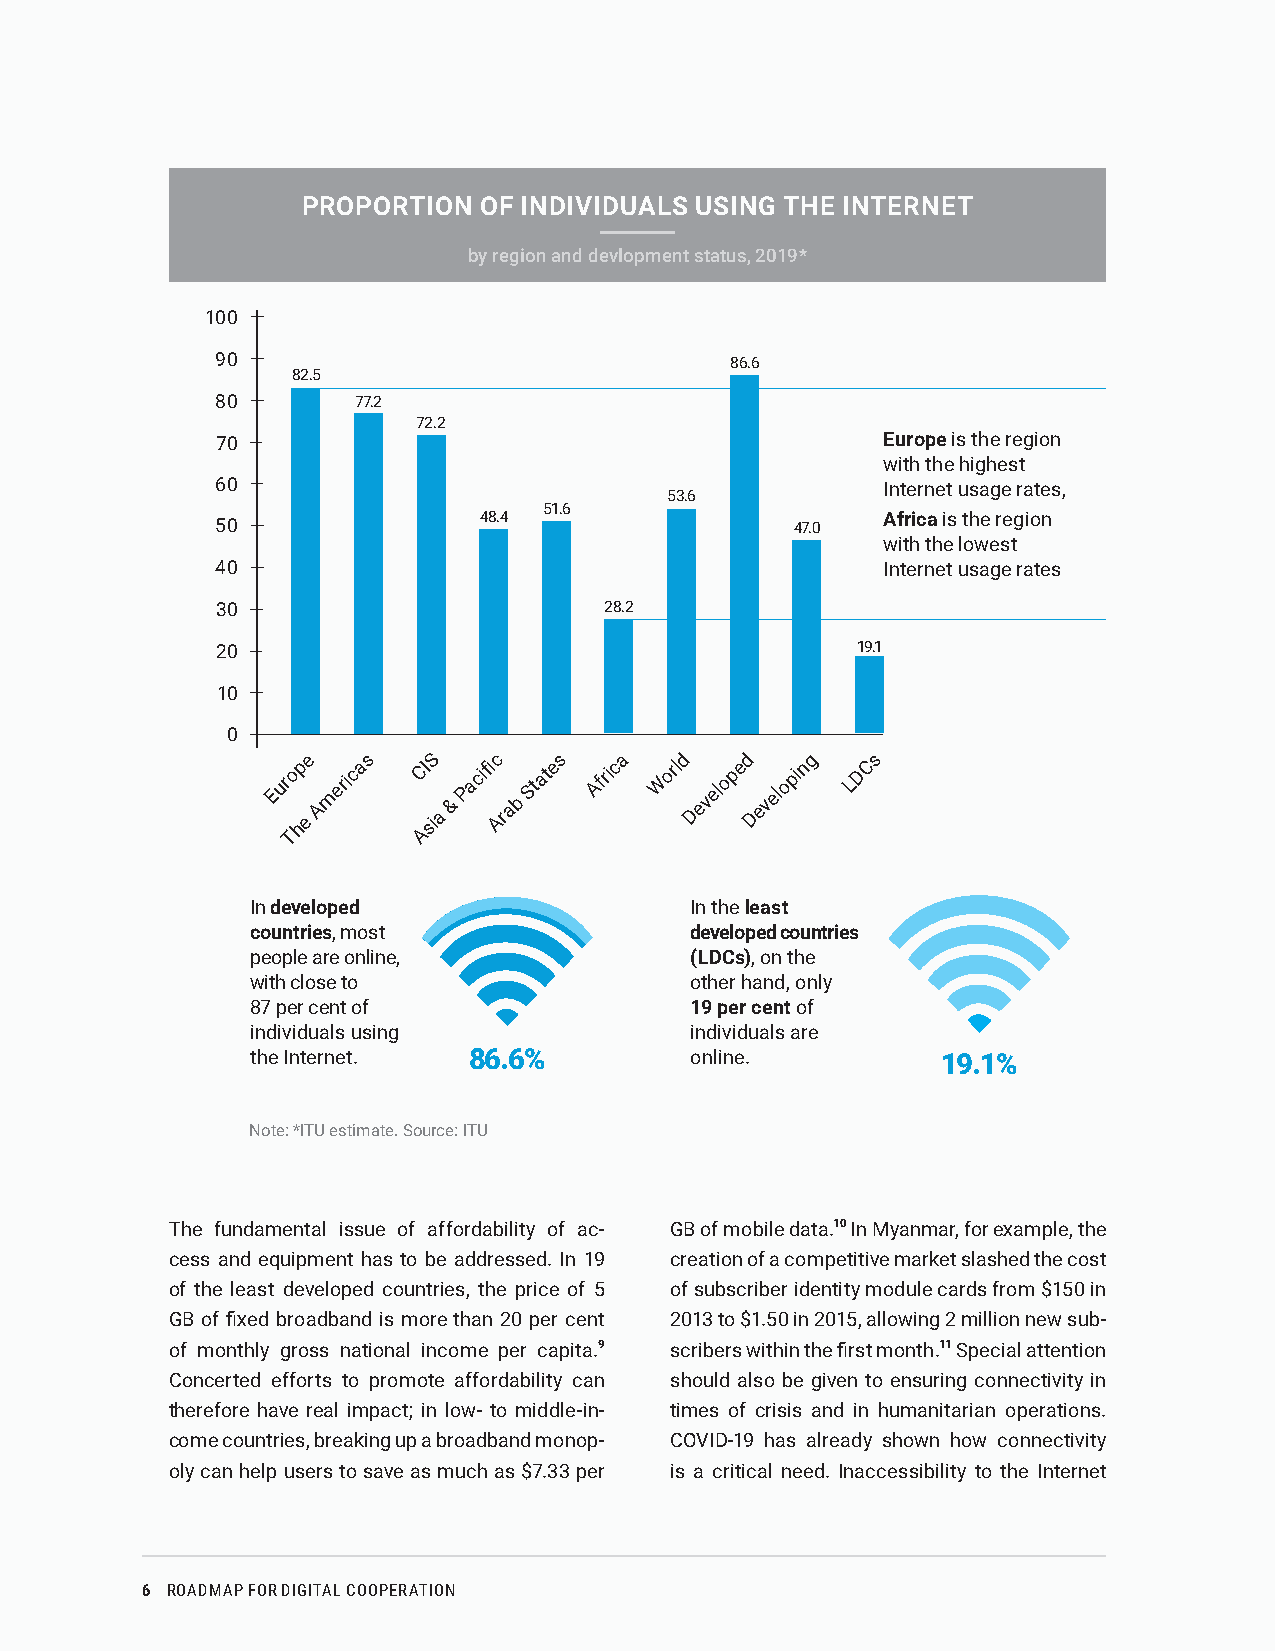
PROPORTION  OF INDIVIDUALS USING THE INTERNET
 by region and devlopment status, 2019*
 100
 90                                86.6
 82.5
 80        77.2
 72.2
 70                                          Europe is the region
 with the highest
 60                                          Internet usage rates,
 53.6
 51.6
 48.4                      Africa is the region
 50                                     47.0
 with the lowest
 40                                          Internet usage rates
 30                        28.2
 20                                         19.1
 10
 0
 e   s   S    c   s   a   d   d    g   s
 Eur
 To hp
 e
 A
 merica C AI
 sia
 &
 Pacifi
 Arab
 State Afric Worl Develope Developin LDC
 In developed                 In the least
 countries, most              developed countries
 people are online,           (LDCs), on the
 with close to                other hand, only
 87 per cent of               19 per cent of
 individuals using            individuals are
 the Internet. 86.6%          online.         19.1%
 Note: *ITU estimate. Source: ITU
 The fundamental issue of affordability of ac- GB of mobile data.10 In Myanmar, for example, the
 cess and equipment has to be addressed. In 19 creation of a competitive market slashed the cost
 of the least developed countries, the price of 5 of subscriber identity module cards from $150 in
 GB of fixed broadband is more than 20 per cent 2013 to $1.50 in 2015, allowing 2 million new sub-
 of monthly gross national income per capita.9 scribers within the first month.11 Special attention
 Concerted efforts to promote affordability can should also be given to ensuring connectivity in
 therefore have real impact; in low- to middle-in- times of crisis and in humanitarian operations.
 come countries, breaking up a broadband monop- COVID-19 has already shown how connectivity
 oly can help users to save as much as $7.33 per is a critical need. Inaccessibility to the Internet
 6 ROADMAP FOR DIGITAL COOPERATION